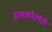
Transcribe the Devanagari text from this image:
हायकोर्टांनी